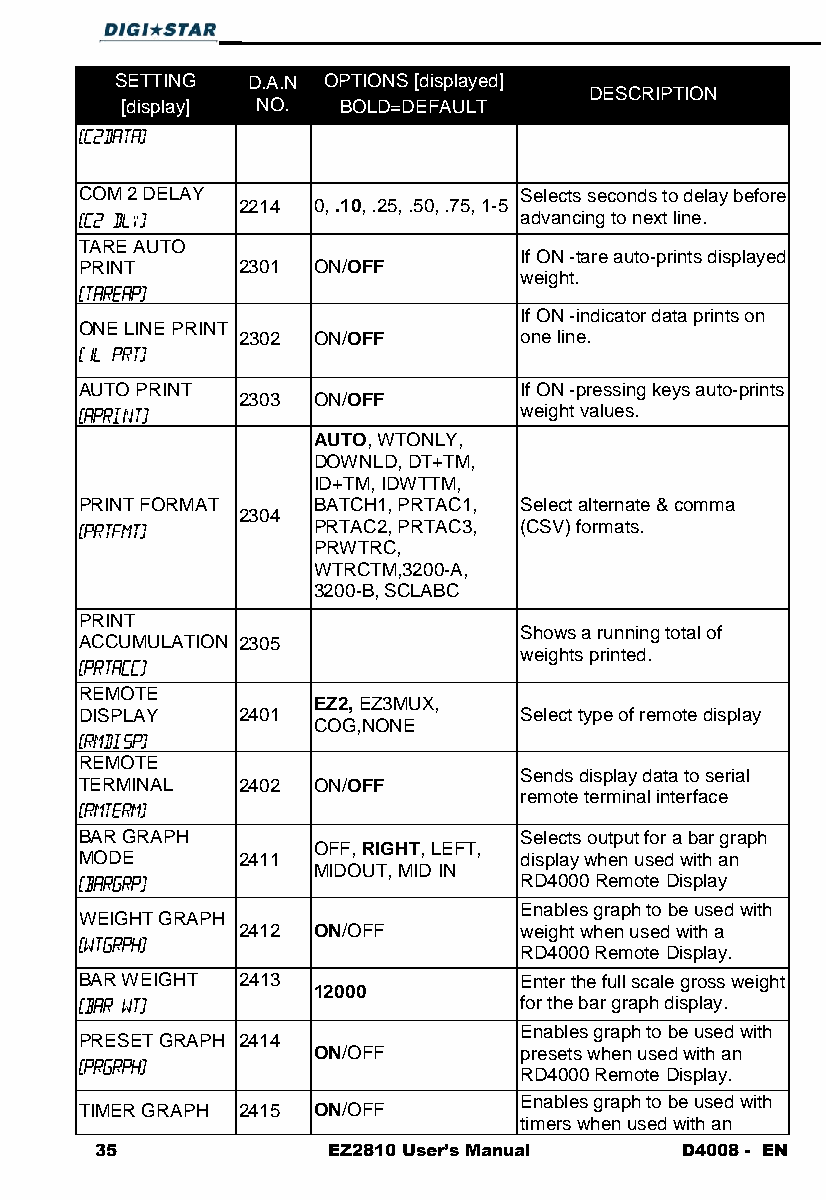
SETTING D.A.N OPTIONS [displayed]
 DESCRIPTION
 [display] NO. BOLD=DEFAULT
 COM 2 DELAY                  Selects seconds to delay before
 2214 0, .10, .25, .50, .75, 1-5
 advancing to next line.
 TARE AUTO
 If ON -tare auto-prints displayed
 PRINT      2301 ON/OFF
 weight.
 If ON -indicator data prints on
 ONE LINE PRINT
 2302 ON/OFF       one line.
 AUTO PRINT                   If ON -pressing keys auto-prints
 2303 ON/OFF
 weight values.
 AUTO, WTONLY,
 DOWNLD, DT+TM,
 ID+TM, IDWTTM,
 PRINT FORMAT    BATCH1, PRTAC1, Select alternate & comma
 2304
 PRTAC2, PRTAC3, (CSV) formats.
 PRWTRC,
 WTRCTM,3200-A,
 3200-B, SCLABC
 PRINT
 Shows a running total of
 ACCUMULATION 2305
 weights printed.
 REMOTE
 EZ2, EZ3MUX,
 DISPLAY    2401              Select type of remote display
 COG,NONE
 REMOTE
 Sends display data to serial
 TERMINAL   2402 ON/OFF
 remote terminal interface
 BAR GRAPH                    Selects output for a bar graph
 OFF, RIGHT, LEFT,
 MODE       2411              display when used with an
 MIDOUT, MID IN
 RD4000 Remote Display
 Enables graph to be used with
 WEIGHT GRAPH
 2412 ON/OFF       weight when used with a
 RD4000 Remote Display.
 BAR WEIGHT 2413              Enter the full scale gross weight
 12000
 for the bar graph display.
 Enables graph to be used with
 PRESET GRAPH 2414
 ON/OFF       presets when used with an
 RD4000 Remote Display.
 Enables graph to be used with
 TIMER GRAPH 2415 ON/OFF
 timers when used with an
 35              EZ2810 User’s Manual   D4008 - EN